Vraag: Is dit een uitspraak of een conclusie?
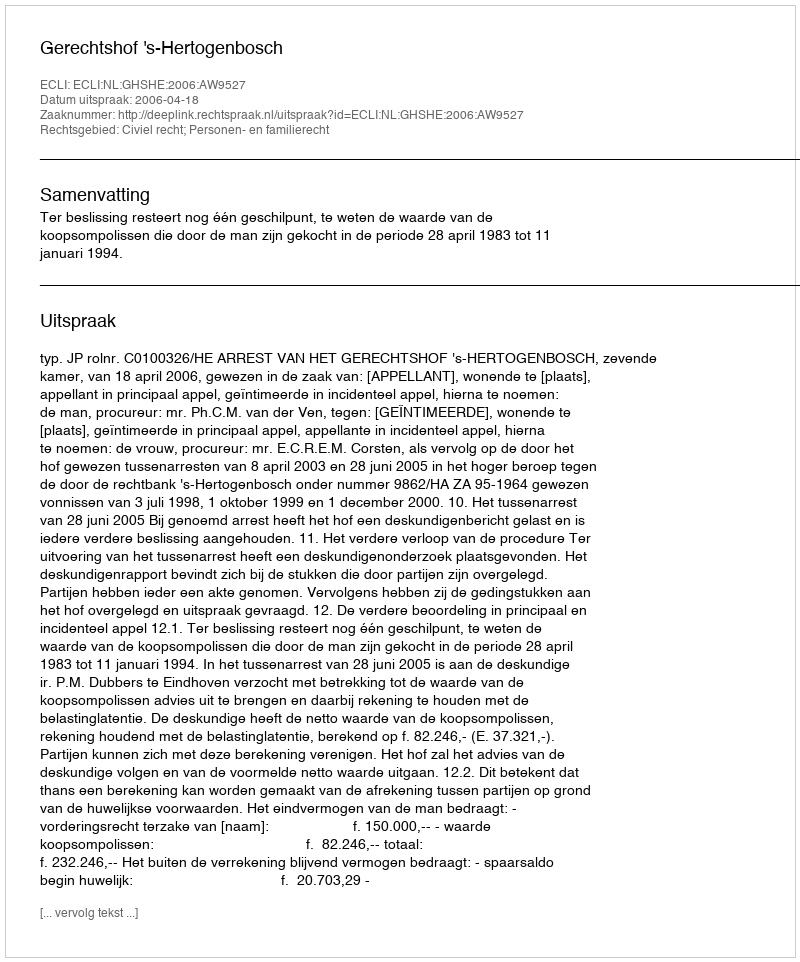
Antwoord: Uitspraak